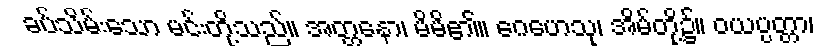
ခပ်သိမ်းသော မင်းတို့သည်။ အတ္တနော၊ မိမိ၏။ ဂေဟေသု၊ အိမ်တို့၌။ ဝယပ္ပတ္တာ၊